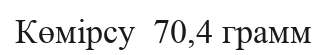
Көмірсу  70,4 грамм